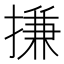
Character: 搛